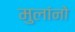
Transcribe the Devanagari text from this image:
मुलांनो